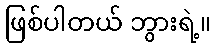
ဖြစ်ပါတယ် ဘွားရဲ့။